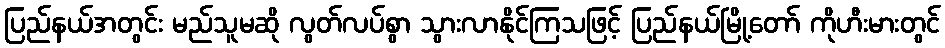
ပြည်နယ်အတွင်း မည်သူမဆို လွတ်လပ်စွာ သွားလာနိုင်ကြသဖြင့် ပြည်နယ်မြို့တော် ကိုဟီးမားတွင်